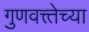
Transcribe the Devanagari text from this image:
गुणवत्त्तेच्या